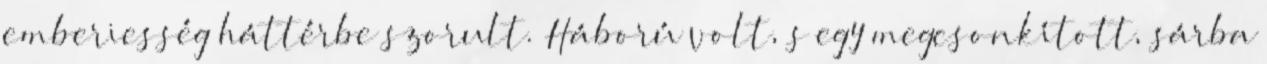
emberiesség háttérbe szorult. Háború volt, s egy megcsonkított, sárba